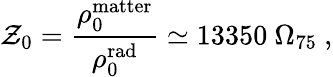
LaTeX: \mathcal{Z}_{0}={\frac{{\rho_{0}^{\mathrm{{matter}}}}}{{\rho_{0}^{\mathrm{{rad}}}}}}\simeq13350\ \Omega_{75}\ ,